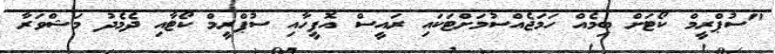
"ސުޕްރީމް ކޯޓަށް ބިމެއް ހަމަޖެއްސުމަށްޓަކައި ރައީސް އޮފީހާއި ސުޕްރީމް ކޯޓާއި ދެމެދު މަޝްވަރާ